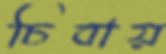
চিবায়